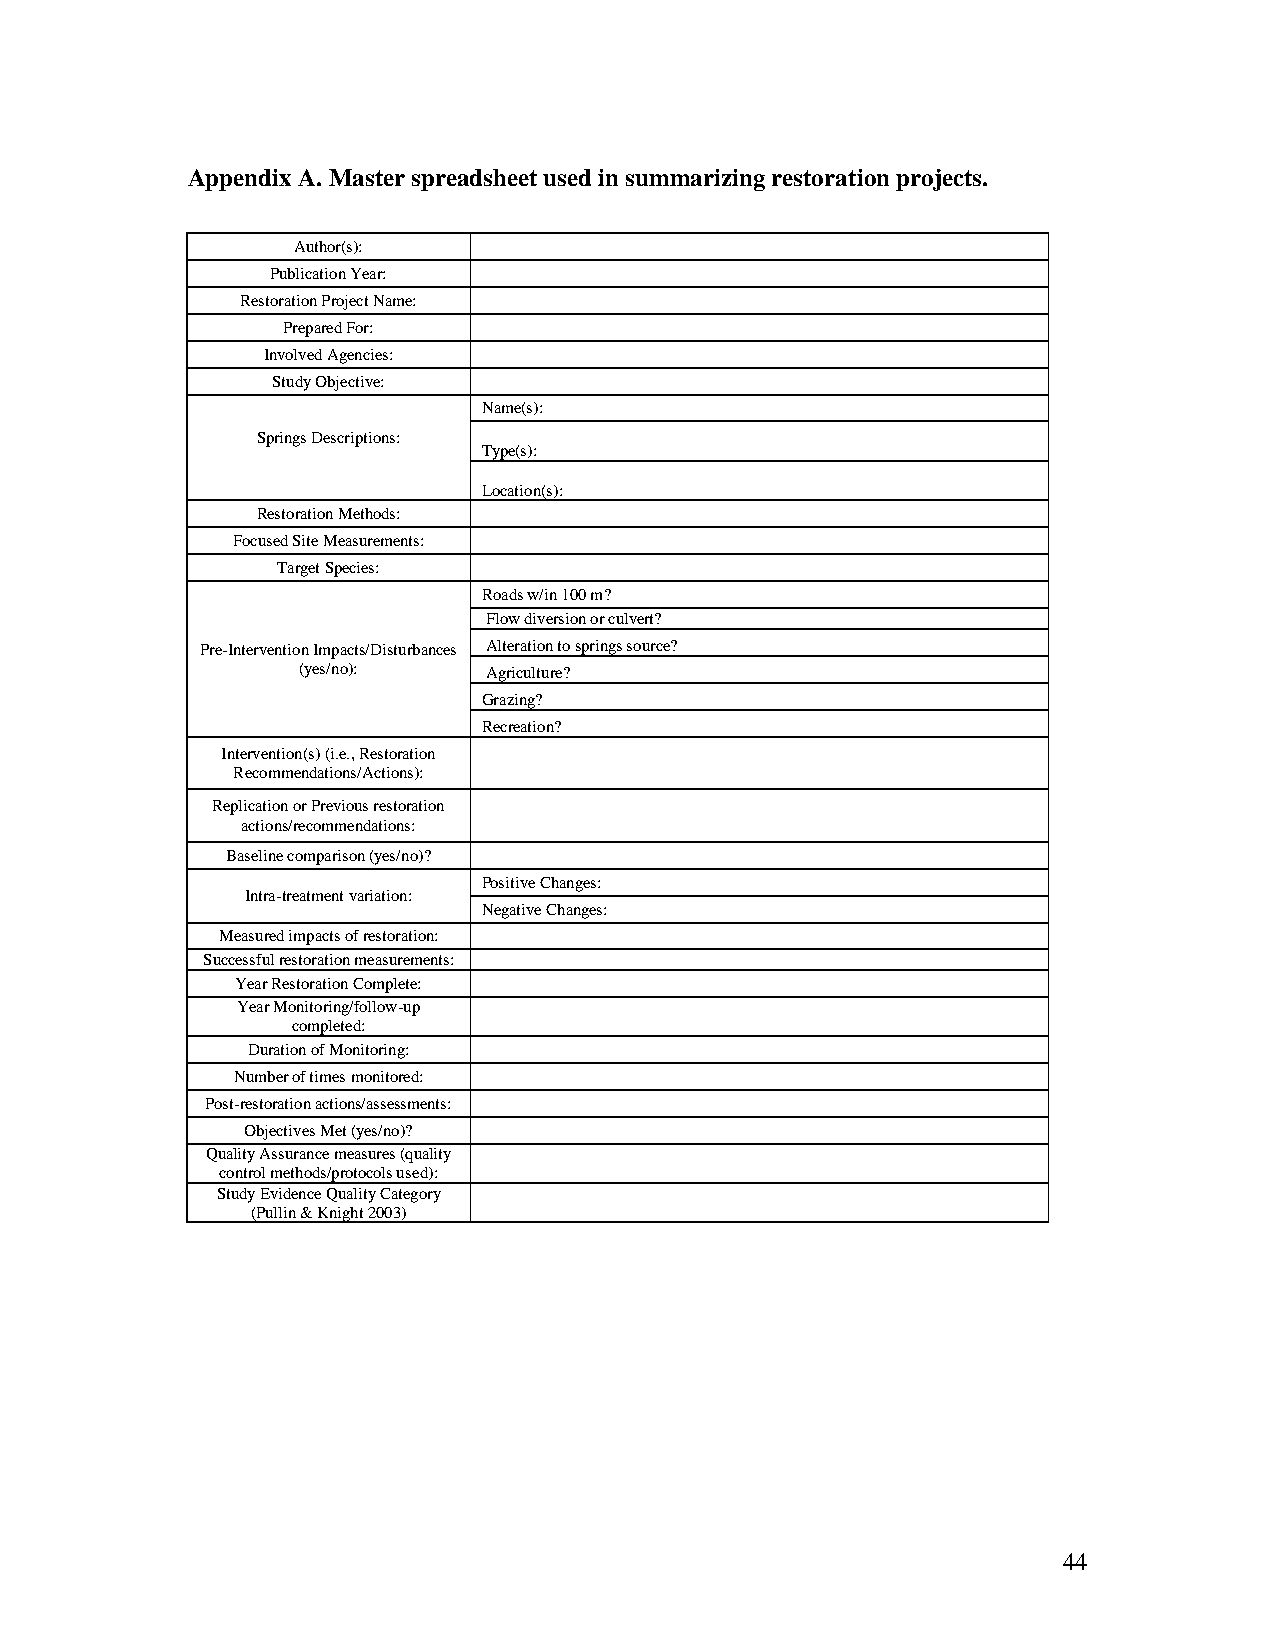
Appendix A. Master spreadsheet used in summarizing restoration projects.
 Author(s):
 Publication Year:
 Restoration Project Name:
 Prepared For:
 Involved Agencies:
 Study Objective:
 Name(s):
 Springs Descriptions:
 Type(s):
 Location(s):
 Restoration Methods:
 Focused Site Measurements:
 Target Species:
 Roads w/in 100 m?
 Flow diversion or culvert?
 Pre-Intervention Impacts/Disturbances Alteration to springs source?
 (yes/no):   Agriculture?
 Grazing?
 Recreation?
 Intervention(s) (i.e., Restoration
 Recommendations/Actions):
 Replication or Previous restoration
 actions/recommendations:
 Baseline comparison (yes/no)?
 Positive Changes:
 Intra-treatment variation:
 Negative Changes:
 Measured impacts of restoration:
 Successful restoration measurements:
 Year Restoration Complete:
 Year Monitoring/follow-up
 completed:
 Duration of Monitoring:
 Number of times monitored:
 Post-restoration actions/assessments:
 Objectives Met (yes/no)?
 Quality Assurance measures (quality
 control methods/protocols used):
 Study Evidence Quality Category
 (Pullin & Knight 2003)
 44